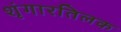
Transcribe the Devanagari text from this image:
शृंगारतिलक